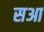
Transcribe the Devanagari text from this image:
सआ